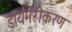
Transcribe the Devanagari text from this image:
डायमरीकरण